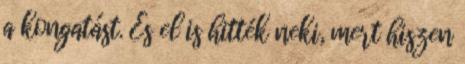
a kongatást. És el is hitték neki, mert hiszen